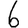
Digit: 6